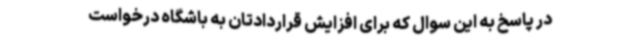
در پاسخ به این‌ سوال که برای افزایش قراردادتان به باشگاه درخواست